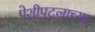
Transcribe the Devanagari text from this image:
पेशीपटलाच्या